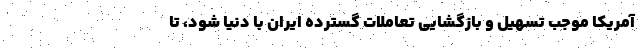
آمریکا موجب تسهیل و بازگشایی تعاملات گسترده ایران با دنیا شود، تا